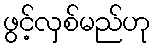
ဖွင့်လှစ်မည်ဟု